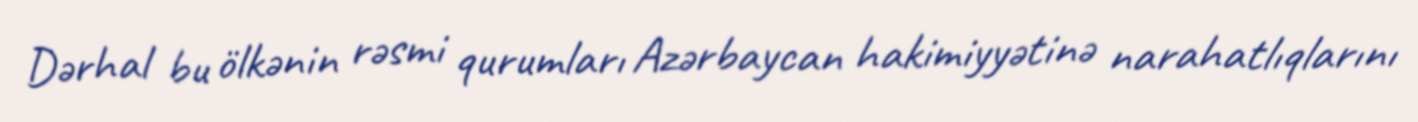
Dərhal bu ölkənin rəsmi qurumları Azərbaycan hakimiyyətinə narahatlıqlarını